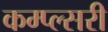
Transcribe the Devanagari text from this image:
कम्प्ल्सरी